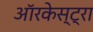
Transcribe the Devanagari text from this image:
ऑरकेस्ट्रा